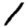
Digit: 1